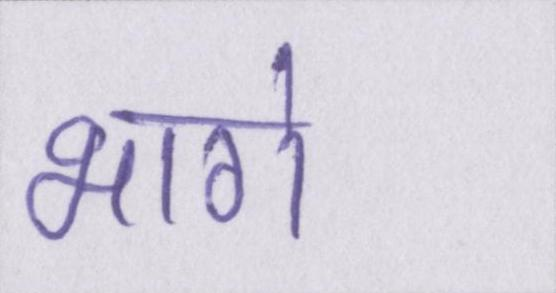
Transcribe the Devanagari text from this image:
भागे